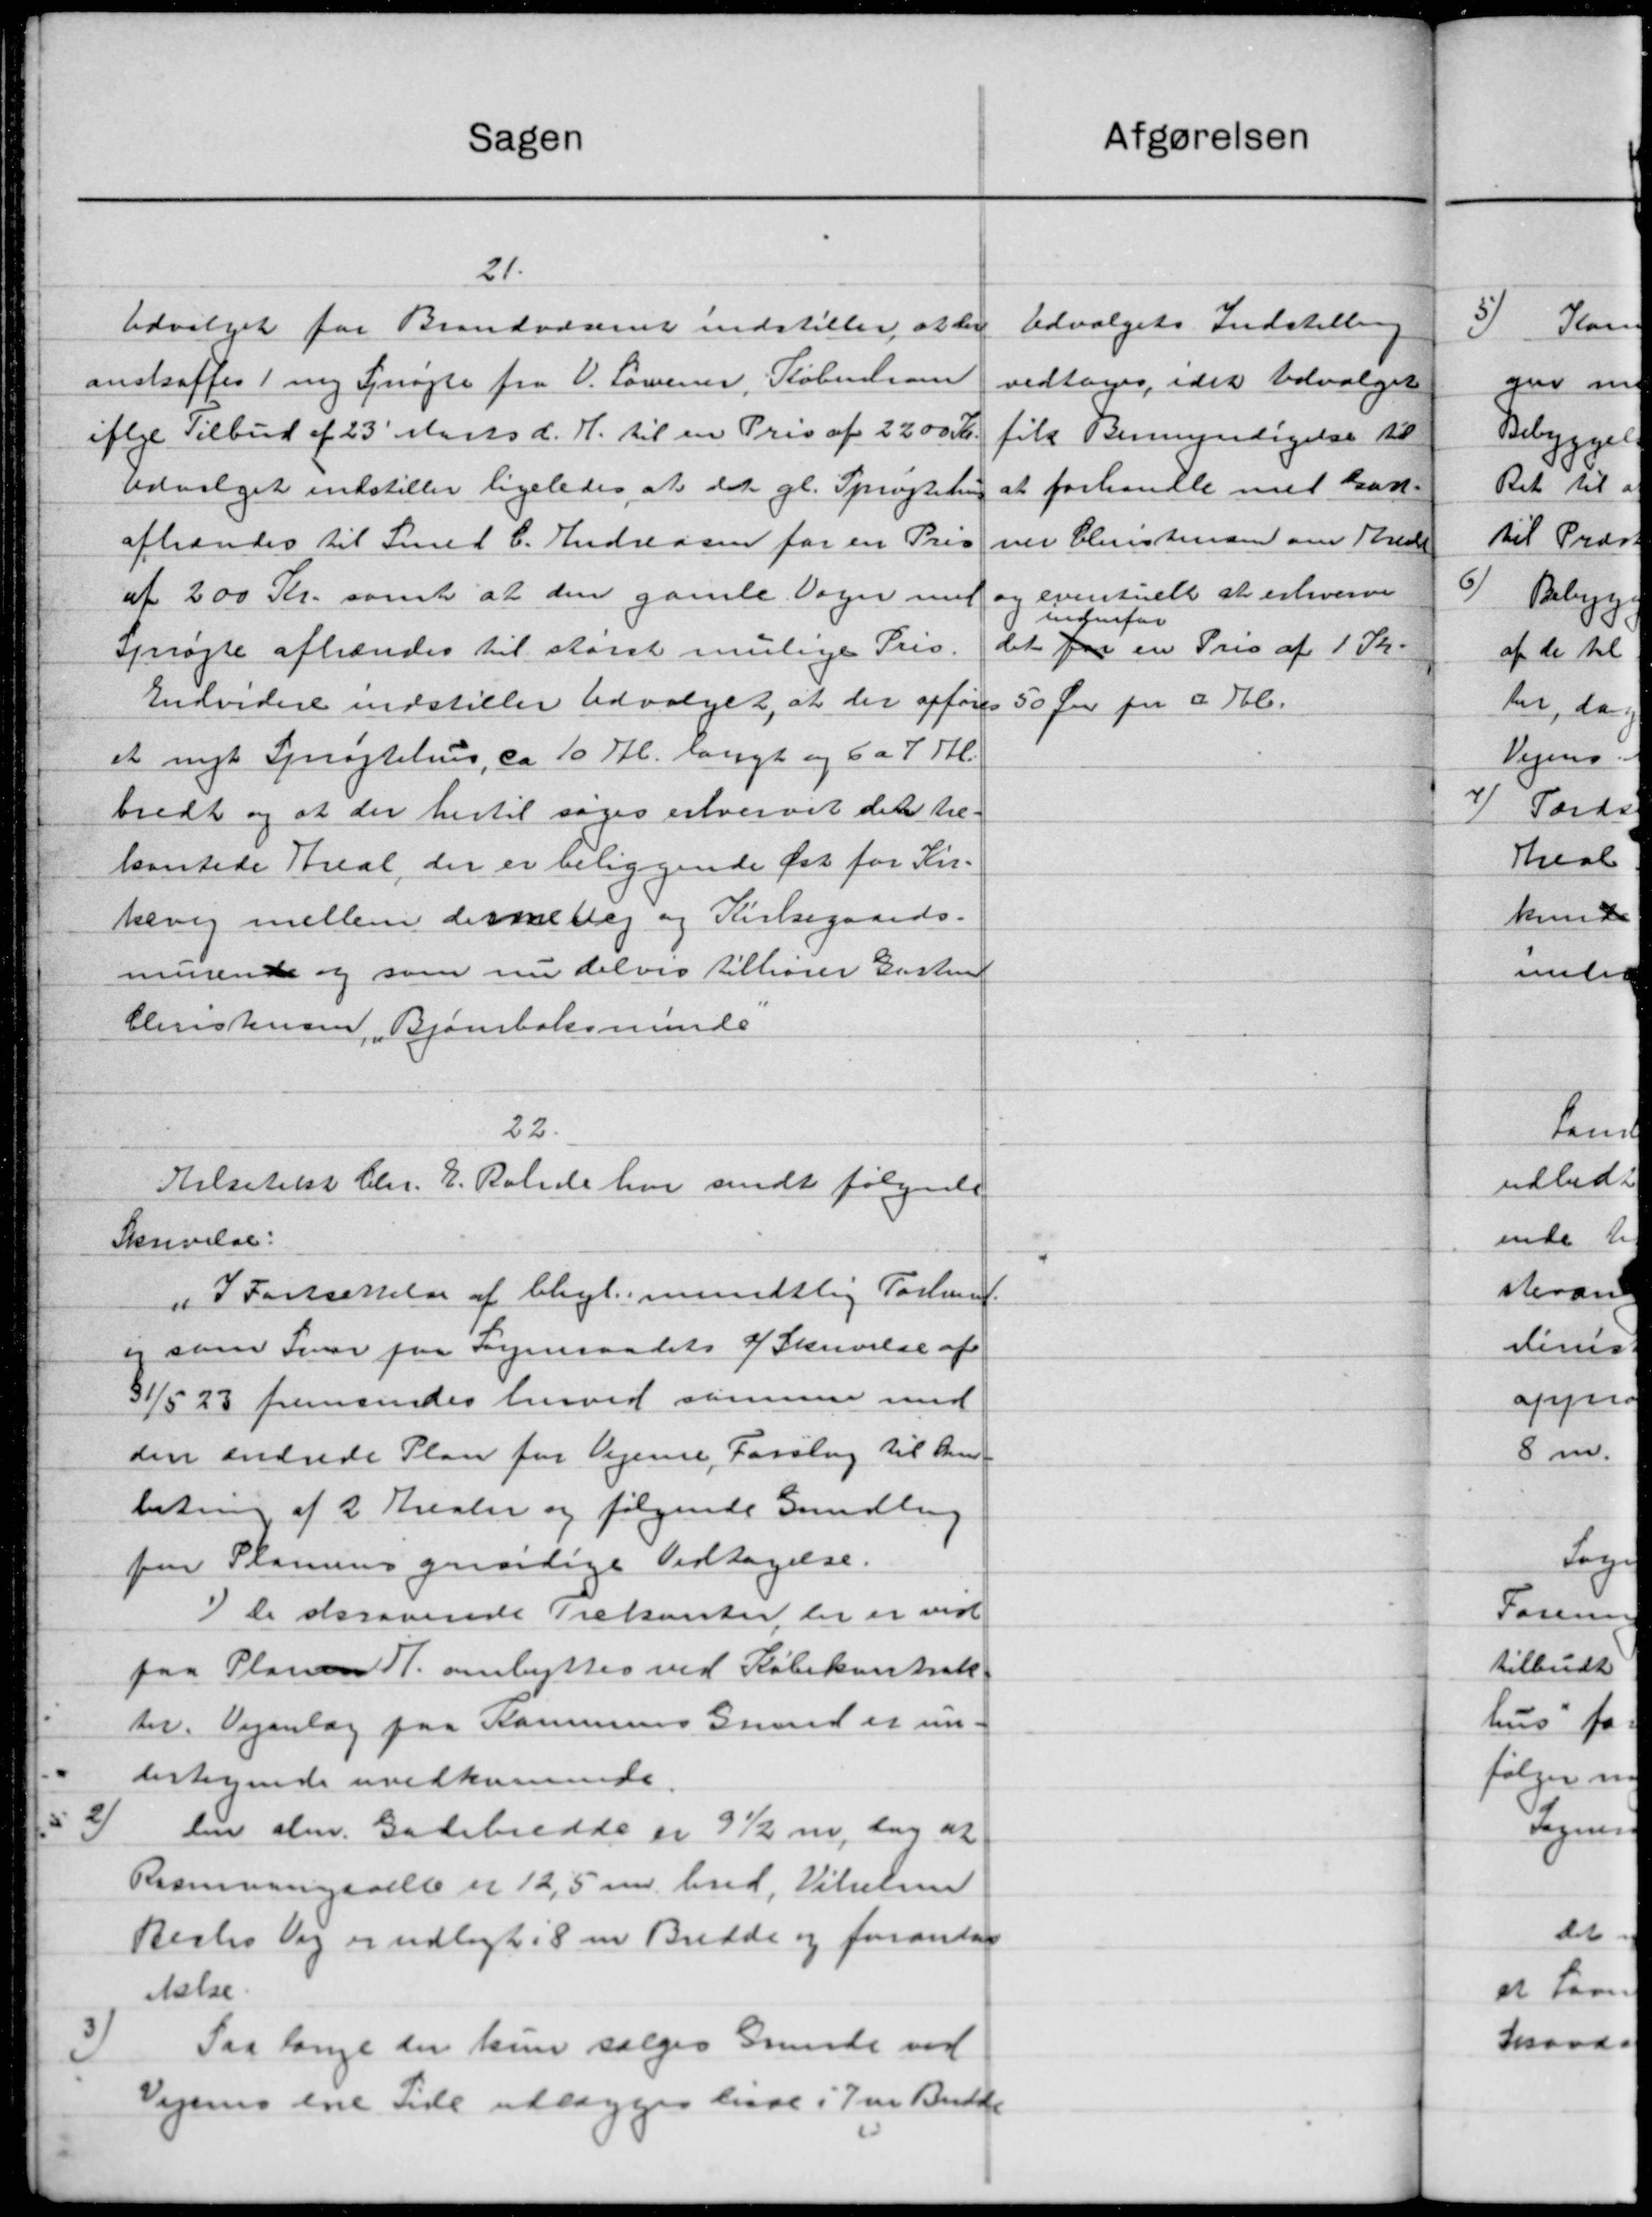
Transskription:
Sagen
21.
Udvilget for Brandvæsenet indstiller at der
anskaffes 1 ny Synøgte fra V. Lovener, København
iflge Tilbud af 23' Marts d. H. til en Pris af 2200 Kr.
Udvalget indstiller ligeledes at det gl. Sprøjtehus
afhændes til Smed C. Andreasen for en Pris
af 200 Kr. samt at den gamle Dage med
sprøjte afhændes til størst mulige Pris.
Endvidere indstiller Udvalget, at der opføres
et nyt Sprøjtehus, ca 10 Fl. langt og 6 a 7 Bl.
bredt og at der hertil søger erhvervet det til
kantede Areal, der er beliggende Øst for Kir-
kevig mellem derskellig og Kirkegaards-
murende og som nu delvis tilhører Gustru
Christensen, Bjørnebæksminde
22.
Hilsetilst Chr. E. Rolide har sendt følgende
Skrivelse:
"I Fortsættelse af bhgl mundtlig Forland.
og som Svar paa Sogneraadets af Skrivelse af
31/5 23 fremsendes herved sammer med
den andrede Plan for Vejense, Forslag til An
letning af 2 Krealer og følgende Gandling
paa Planens gaarlige Vedtagelse.
1) De asraaende Trekanter der er ved
paa Planen Fl. ombyttes ved Købekontrak
ter. Vejanlæg paa Kommunes Grund er un-
dertagende uvedkomende
len alm. Gadebredde er 3½ m, tog at
Rramningsalle er 12,5 m. bred, Vilhelm
Restes Vej er udlagt i 8 m. Bredde og forandag
ielse
Saa lange der kun sælges Grunde ved
Vejenes ene Side udlægges have i Jens Budde